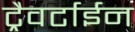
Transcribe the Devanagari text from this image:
ट्रैवर्टाईन